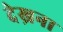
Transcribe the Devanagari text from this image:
देख्रना